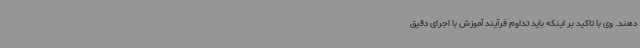
دهند. وی با تاکید بر اینکه باید تداوم فرآیند آموزش با اجرای دقیق